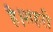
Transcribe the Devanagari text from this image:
है।शहरी